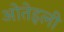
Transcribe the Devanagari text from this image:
ओतेइली